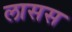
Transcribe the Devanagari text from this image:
लासस